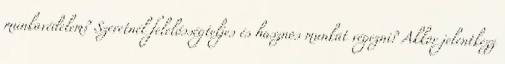
munkavédelem? Szeretnél felelősségteljes és hasznos munkát végezni? Akkor jelentkezz